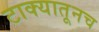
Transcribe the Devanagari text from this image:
टाक्यातूनच